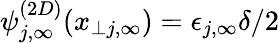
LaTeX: \psi_{j,\infty}^{(2D)}(x_{\perp j,\infty})=\epsilon_{j,\infty}\delta/2